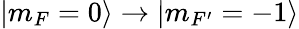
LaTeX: |m_{F}=0\rangle\rightarrow|m_{F^{\prime}}=-1\rangle